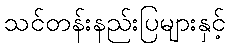
သင်တန်းနည်းပြများနှင့်